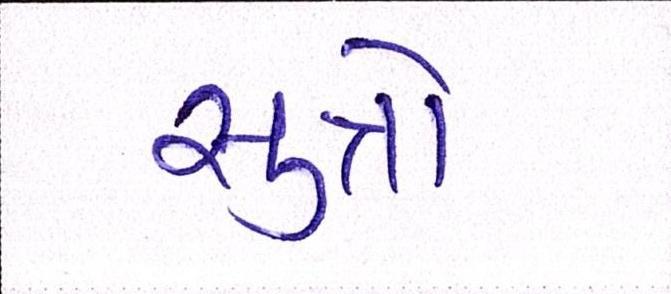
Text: સુત્રો